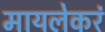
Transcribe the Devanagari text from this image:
मायलेकरं